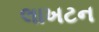
લાખટન